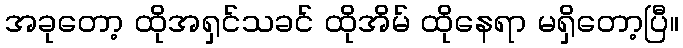
အခုတော့ ထိုအရှင်သခင် ထိုအိမ် ထိုနေရာ မရှိတော့ပြီ။